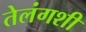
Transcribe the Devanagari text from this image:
तेलंगशी